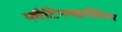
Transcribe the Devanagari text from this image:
प्लैटिनमइरीडियम